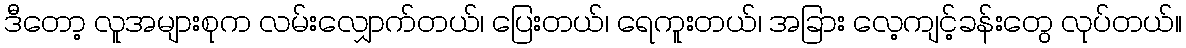
ဒီတော့ လူအများစုက လမ်းလျှောက်တယ်၊ ပြေးတယ်၊ ရေကူးတယ်၊ အခြား လေ့ကျင့်ခန်းတွေ လုပ်တယ်။